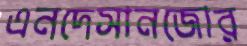
এনদেসানজোর